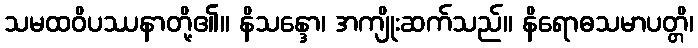
သမထဝိပဿနာတို့၏။ နိသန္ဒော၊ အကျိုးဆက်သည်။ နိရောဓသမာပတ္တိ၊